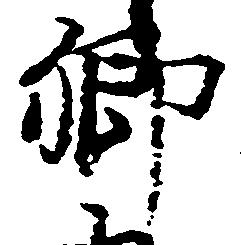
郷